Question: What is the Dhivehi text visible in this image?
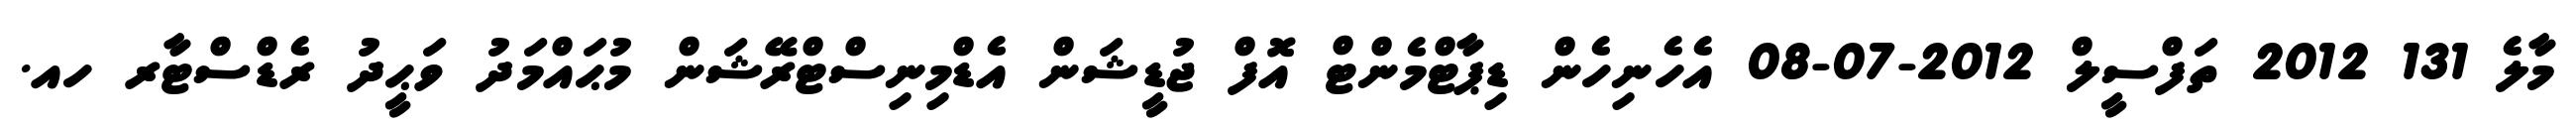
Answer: މާލެ 131 2012 ތަފްސީލް 2012-07-08 އެހެނިހެން ޑިޕާޓްމެންޓް އޮފް ޖުޑީޝަން އެޑްމިނިސްޓްރޭޝަން މުޙައްމަދު ވަޙީދު ރެޑްސްޓާރ ހއ.